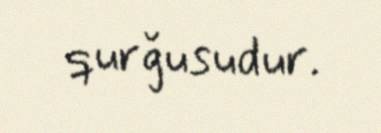
qurğusudur.